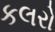
કલરો